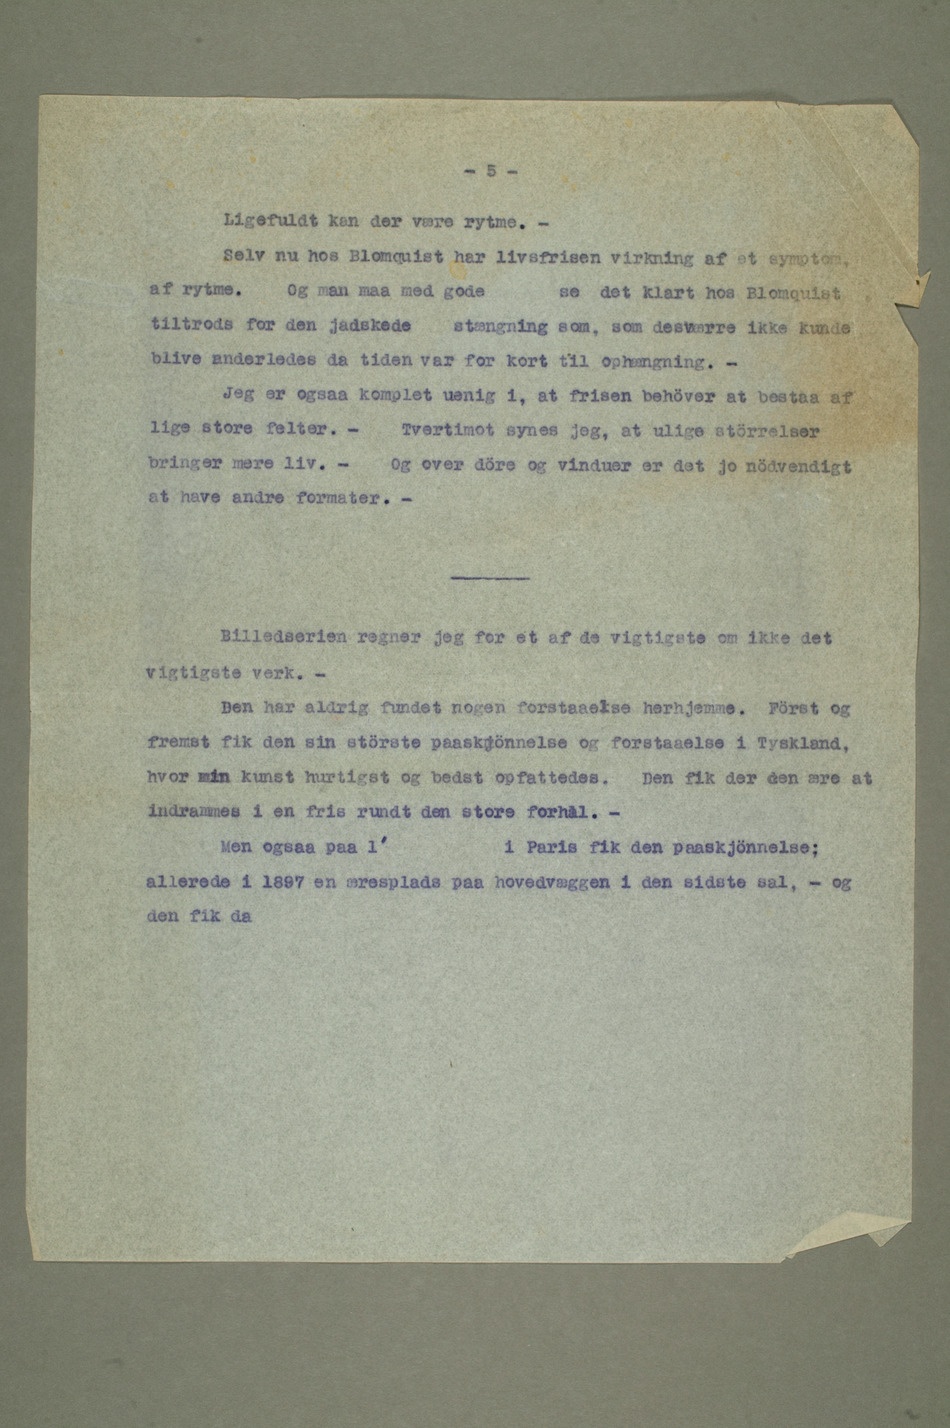
– Ligefuldt kan der være rytme.
– Selv nu hos Blomquist har livsfrisen virkning af et symtom,
af rytme.Og man maa med godese det klart hos Blomquist
tiltrods for den jadskede stængning som, som desværre ikke kunde
blive anderledes da tiden var for kort til ophængning.
– Jeg er ogsaa komplet uenig i, at frisen behöver at bestaa af
lige store felter. –Tvertimot synes jeg, at ulige störrelser
bringer mere liv. –Og over döre og vinder er det jo nödvendigt
at have andre formater.
– Billedserien regner jeg for et af de vigtigste om ikke det
vigtigste verk.
– Den har aldrig fundet nogen forstaaelse herhjemme. Först og
fremst fik den sin störste paaskjönnelse og forstaaelse i Tyskland,
hvor min kunst hurtigst og bedst opfattedes. Den fik der den ære at
indrammes i en fris rundt den store forhal. –
i Paris fik den paaskjönnelse;
allerede i 1897 en æresplads paa hovedvæggen i den sidste sal, – og
den fik da